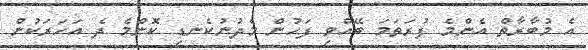
އެ މުބާރާތް އެންމެ ފުރަތަމަ ބޭއްވި ފަހުން މެދުނުކެނޑި ކޮންމެ ދެ އަހަރަކުން